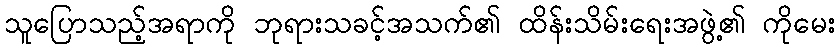
သူပြောသည့်အရာကို ဘုရားသခင့်အသက်၏ ထိန်းသိမ်းရေးအဖွဲ့၏ ကိုမေး